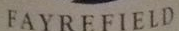
FAYREFIELD